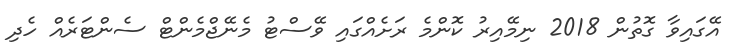
އޭގައިވާ ގޮތުން 2018 ނިމޭއިރު ކޮންމެ ރަށެއްގައި ވޭސްޓު މެނޭޖްމެންޓް ސެންޓަރެއް ހެދި